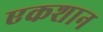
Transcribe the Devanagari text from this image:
एकशान